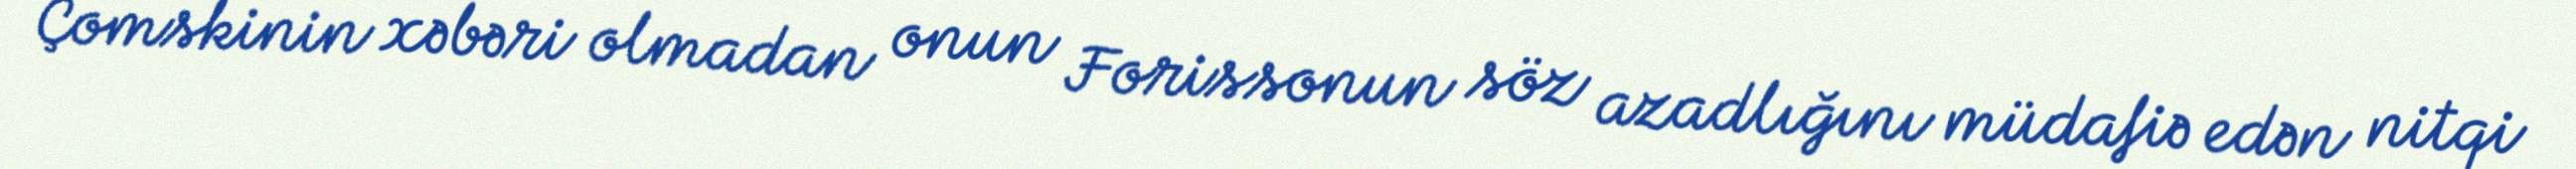
Çomskinin xəbəri olmadan onun Forissonun söz azadlığını müdafiə edən nitqi